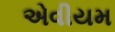
એવીયમ